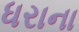
ધરાના